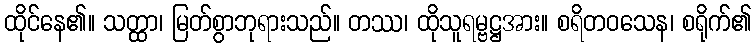
ထိုင်နေ၏။ သတ္ထာ၊ မြတ်စွာဘုရားသည်။ တဿ၊ ထိုသူရမ္ဗဋ္ဌအား။ စရိတဝသေန၊ စရိုက်၏